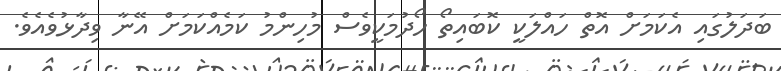
ބަދަލުގައި އެކަމަށް އޮތް ހައްލަކީ ކޮބައިތޯ ހޯދުމަކީވެސް މުހިންމު ކަމެއްކަމަށް އޭނާ ވިދާޅުވެއެވެ.